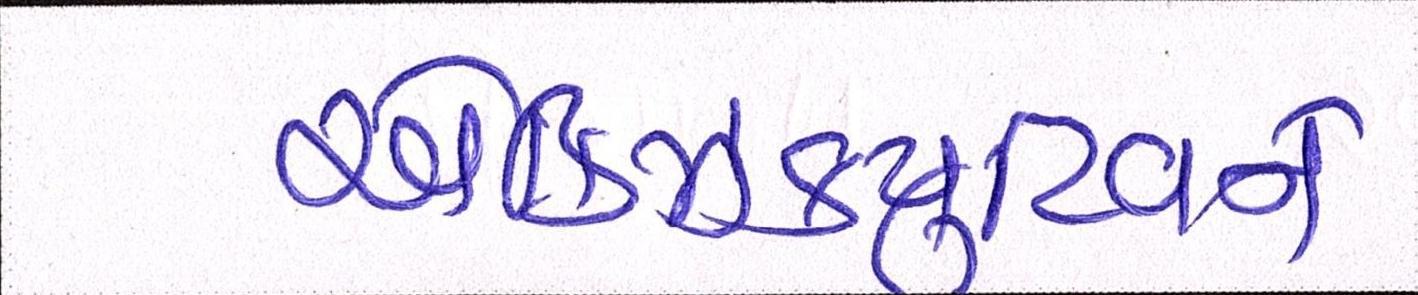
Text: એક્ઝિક્યુટિવને